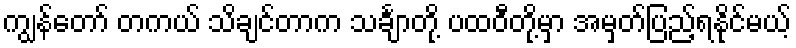
ကျွန်တော် တကယ် သိချင်တာက သင်္ချာတို့ ပထဝီတို့မှာ အမှတ်ပြည့်ရနိုင်မယ့်